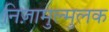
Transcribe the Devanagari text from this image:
निज़ामुल्मुलक